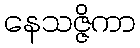
နေသဇ္ဇိကာ